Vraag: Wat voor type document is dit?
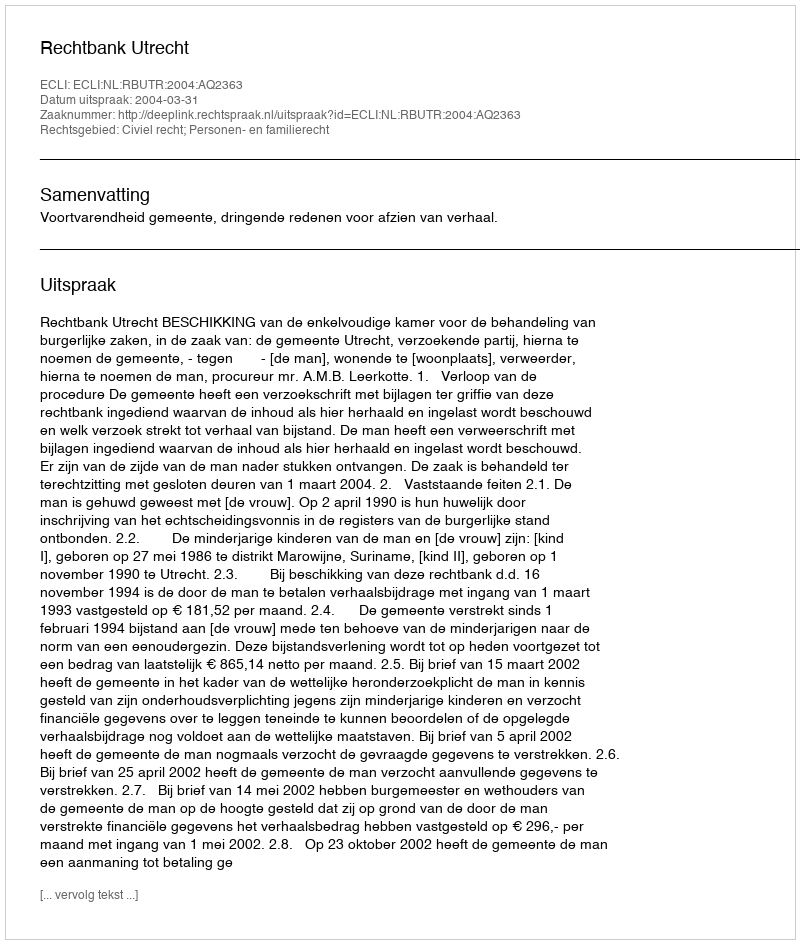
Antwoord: Uitspraak